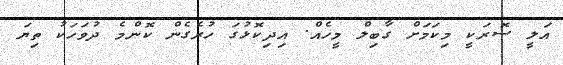
އަލީ ސޮރަކީ މިކަމަށް ގާބިލް މީހެއް. އިދިކޮޅުގަ ހުރެގެން ކޮންމެ ދުވަހަކު ތިޔަ